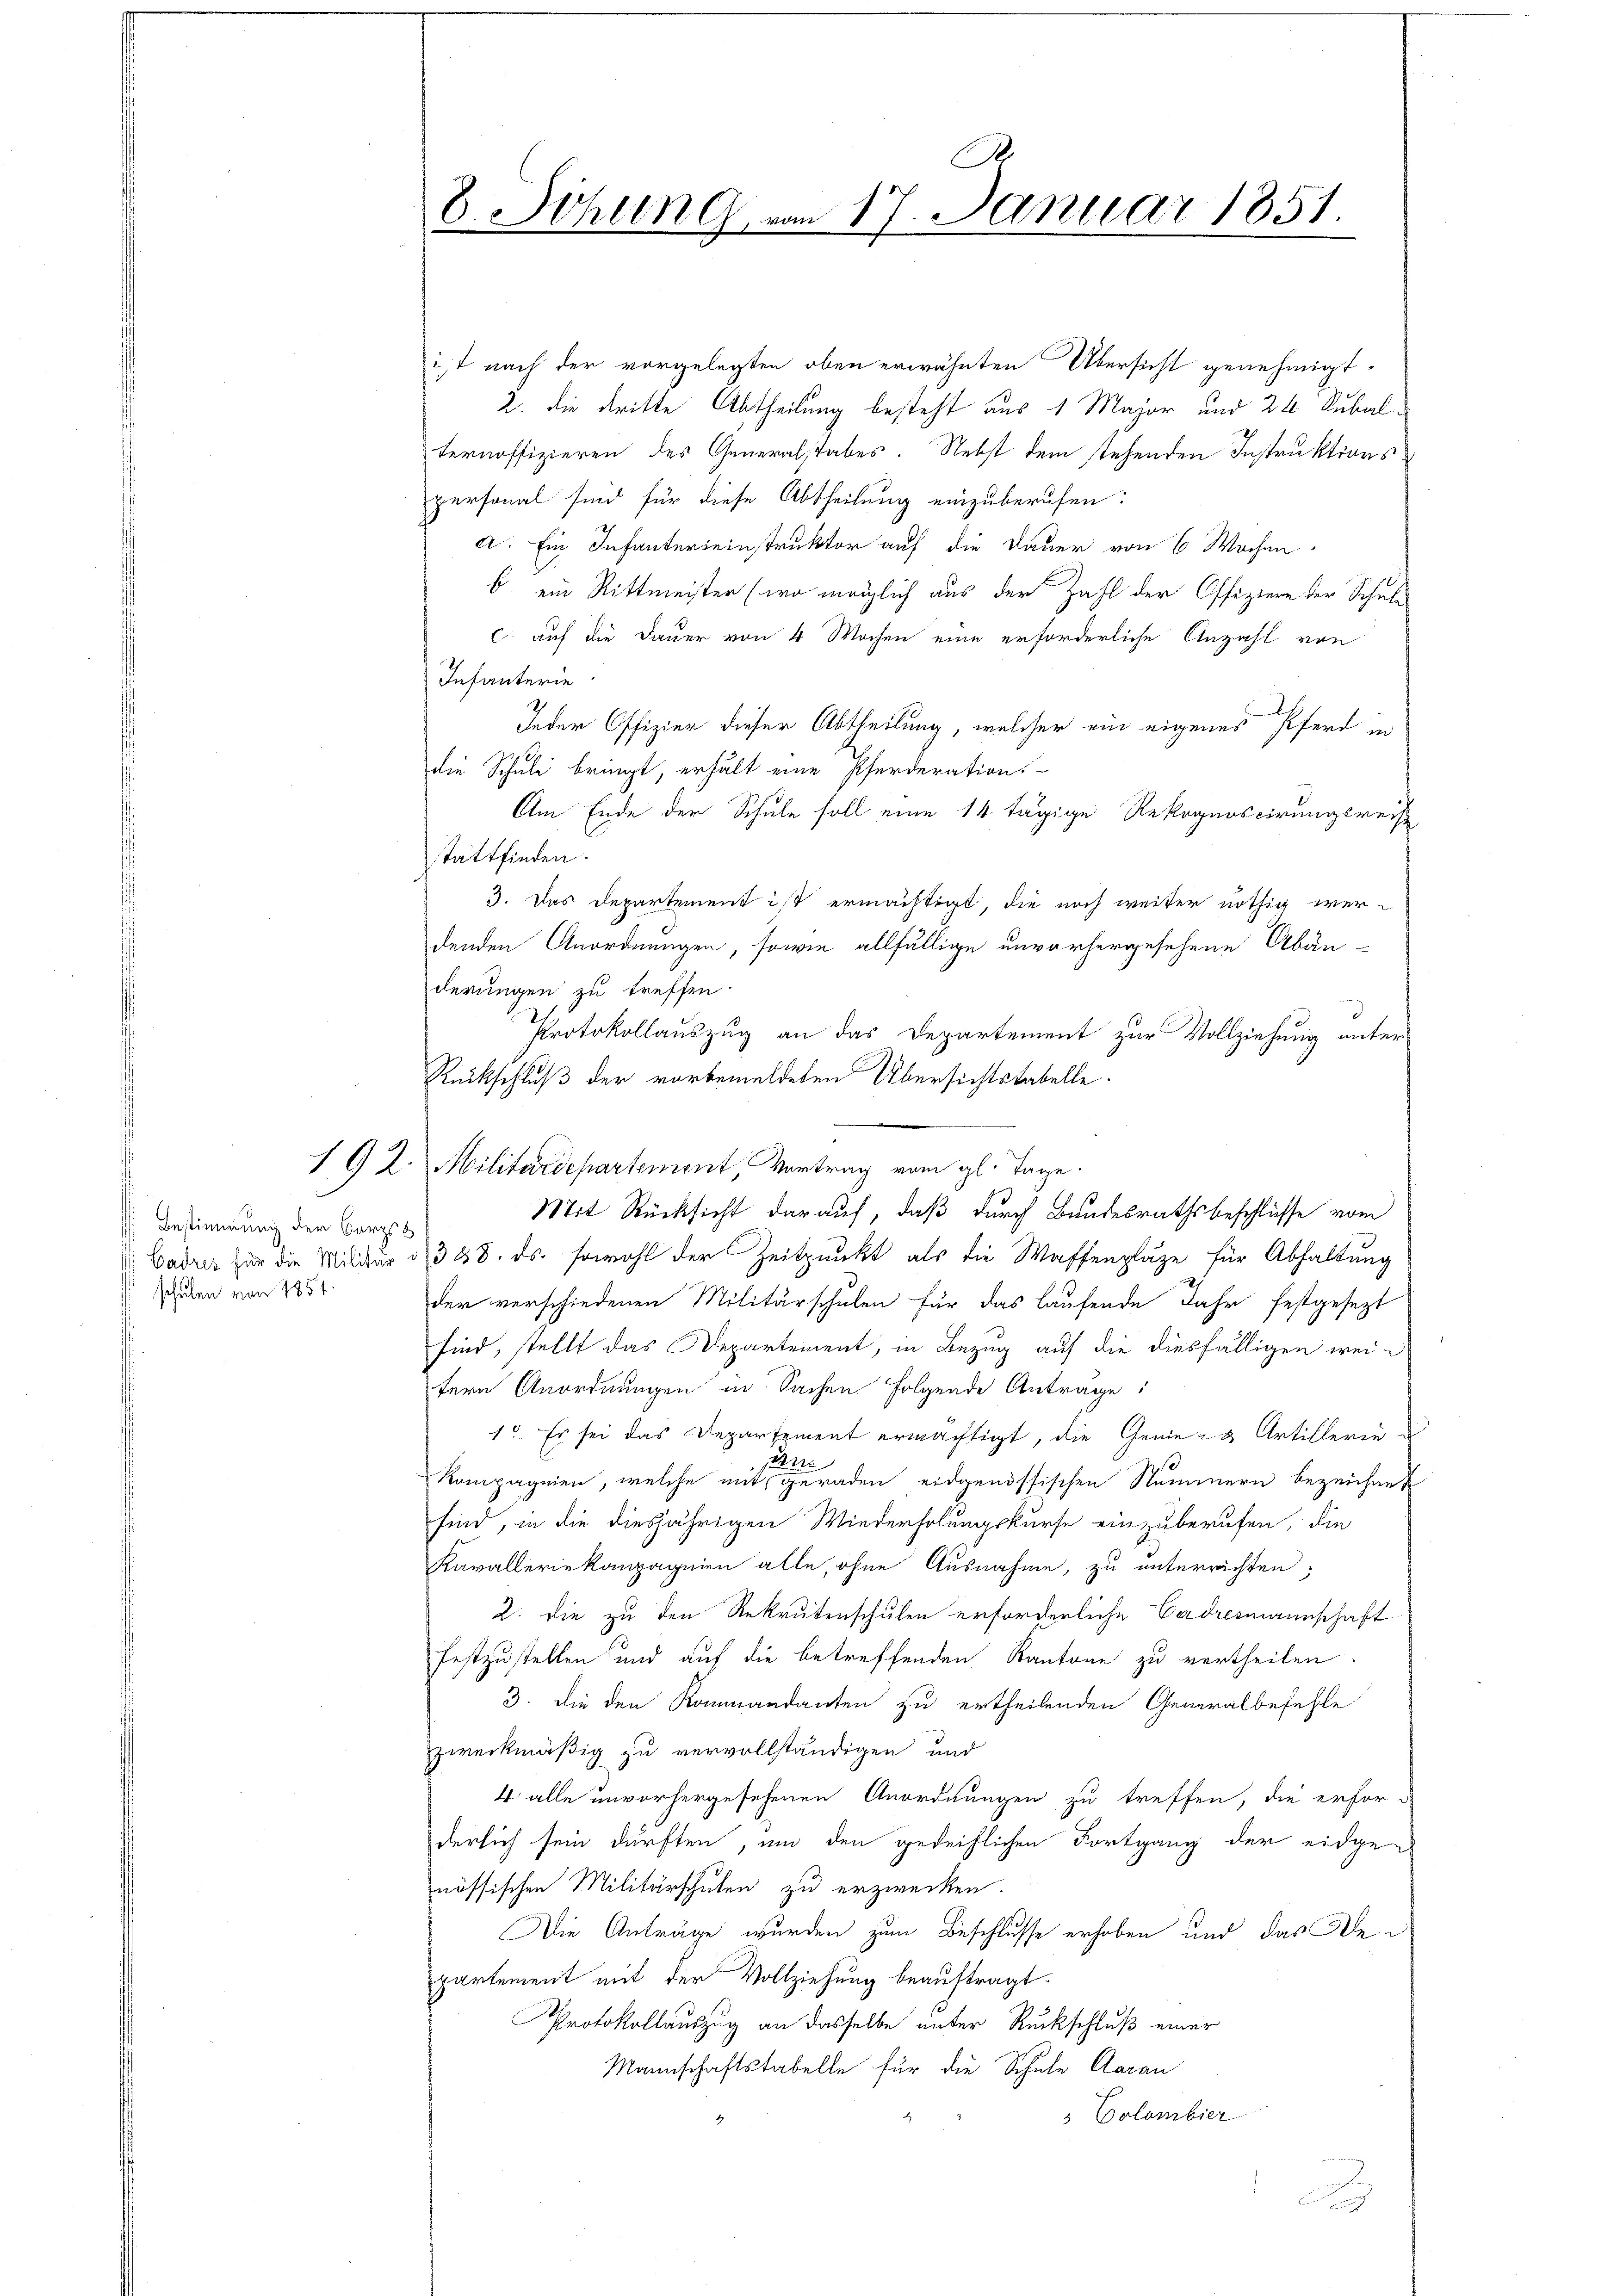
Bestimmung der Borgs
schulen von 1851.

1G 2. Militärdepartement, Vortrag vom gl. Tage.

it nach der vorgelegten oben erwähnten Übersicht genehmigt,
2. die dritte Abtheilung besteht aus 1 Major und 24 Subal
ternoffizieren des Generalstabes. Nebst dem stehenden Instruktionspersonal sind für diese Abtheilung einzuberufen:
a. Ein Infantereinstruktor auf die Dauer von 6 Wochen
b. ein Rittmeister (wo möglich aus der Zahl der Offiziere der Schulc. auf die Dauer von 4 Wochen eine erforderliche Anzahl von
Infanterie
Jeder Offizier dieser Abtheilung, welcher ein eigenes Pferd in
die Schule bringt, erhält eine Pferderation.
Am Ende der Schule soll eine 14 tägige Rekognoscirungsreis
stattfinden.
3. Das Departement ist ermächtigt, die noch weiter nöthig werdenden Anordnungen, sowie allfällige unvorhergesehene Abänderungen zu treffen.
Protokollauszug an das Departement zur Vollziehung unter¬
Rückschluß der vorbemeldeten Übersichtstabelle.
.
Badres zur die Militär u. 348. ds. sowohl der Zeitpunkt als die Waffenplaze für Abhaltung
der verschiedenen Militärschulen für das laufende Jahr festgesezt
sind, stellt das Departement, in Bezug auf die diesfälligen weitern Anordnungen in Sachen Folgende Anträge:
1o. Es sei das Departement ermächtigt, die Genie- & Artillerie u
n
Kompagnien, welche mit geraden eidgenössischen Nummern bezeichnet
sind, in die diesjährigen Wiederholungskurse einzuberufen, die
Kavalleriekompagnien alle, ohne Ausnahme, zu unterrichten,
2. Die zu den Rekrutenschulen erforderliche Cadresmannschaft
festzustellen und auf die betreffenden Kantone zu vertheilen.
3. die den Kommandanten zu ertheilenden Generalbefehle
zweckmäßig zu vervollständigen und
4 alle unvorhergesehenen Anordnungen zu treffen, die erford
derlich sein dürften, um den gedeihlichen Fortgang der eidgenössischen Militärschulen zu erzwecken.
Die Anträge wurden zum Beschlusse erhoben und das Bepartement mit der Vollziehung beauftragt.
Protokollauszug an dasselbe unter Rückschluß einer
Mannschaftstabelle für die Schule Aarau
3 Colombier

.
8. Sitzung vom 17. Januar 1851.

Mit Rücksicht darauf, daß durch Bundesrathsbeschlüsse vom